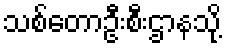
သစ်တောဦးစီးဌာနသို့